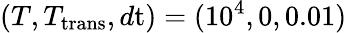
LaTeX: (T,T_{\mathrm{trans}},d\mathrm{t})=(10^{4},0,0.01)